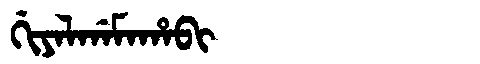
Manchu: ᡤᡳᠶᠠᠯᡤᠠᠮᠠᡥᠠᠪᡳ
Romanization: GIYALGAMAHABI